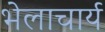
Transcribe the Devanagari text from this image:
भेलाचार्य